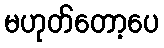
မဟုတ်တော့ပေ